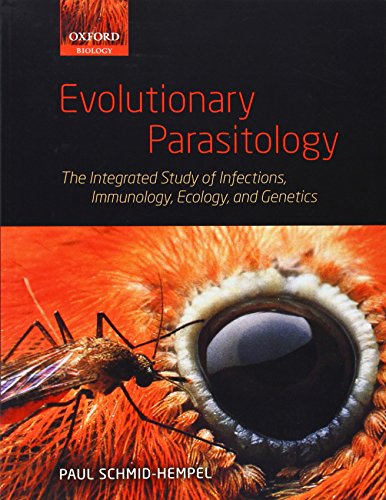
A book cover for Evolutionary Parasitology: The Integrated Study of Infections, Immunology, Ecology, and Genetics; Paul Schmid-Hempel; Medical Books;